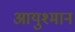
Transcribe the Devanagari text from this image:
आयुश्मान